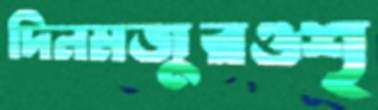
দিনমজুরওশৃ